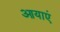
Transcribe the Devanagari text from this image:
आयाएं